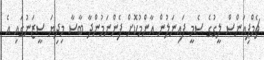
ޗެމްޕިއަންސް ލީގުގެ ސެމީ ފައިނަލުން އާންމުކޮށް ފެންނަމުންދާ ބާސާ މިދިޔަ ސީޒަނުގައި އެ